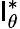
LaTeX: \mathsf{l}_{\theta}^{*}